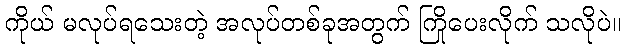
ကိုယ် မလုပ်ရသေးတဲ့ အလုပ်တစ်ခုအတွက် ကြိုပေးလိုက် သလိုပဲ။